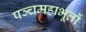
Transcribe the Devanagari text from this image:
पञ्चमहाभूतों